65_HS1-834228961_62-HQ-83894_Section_6
Agency: FBI
Page 139
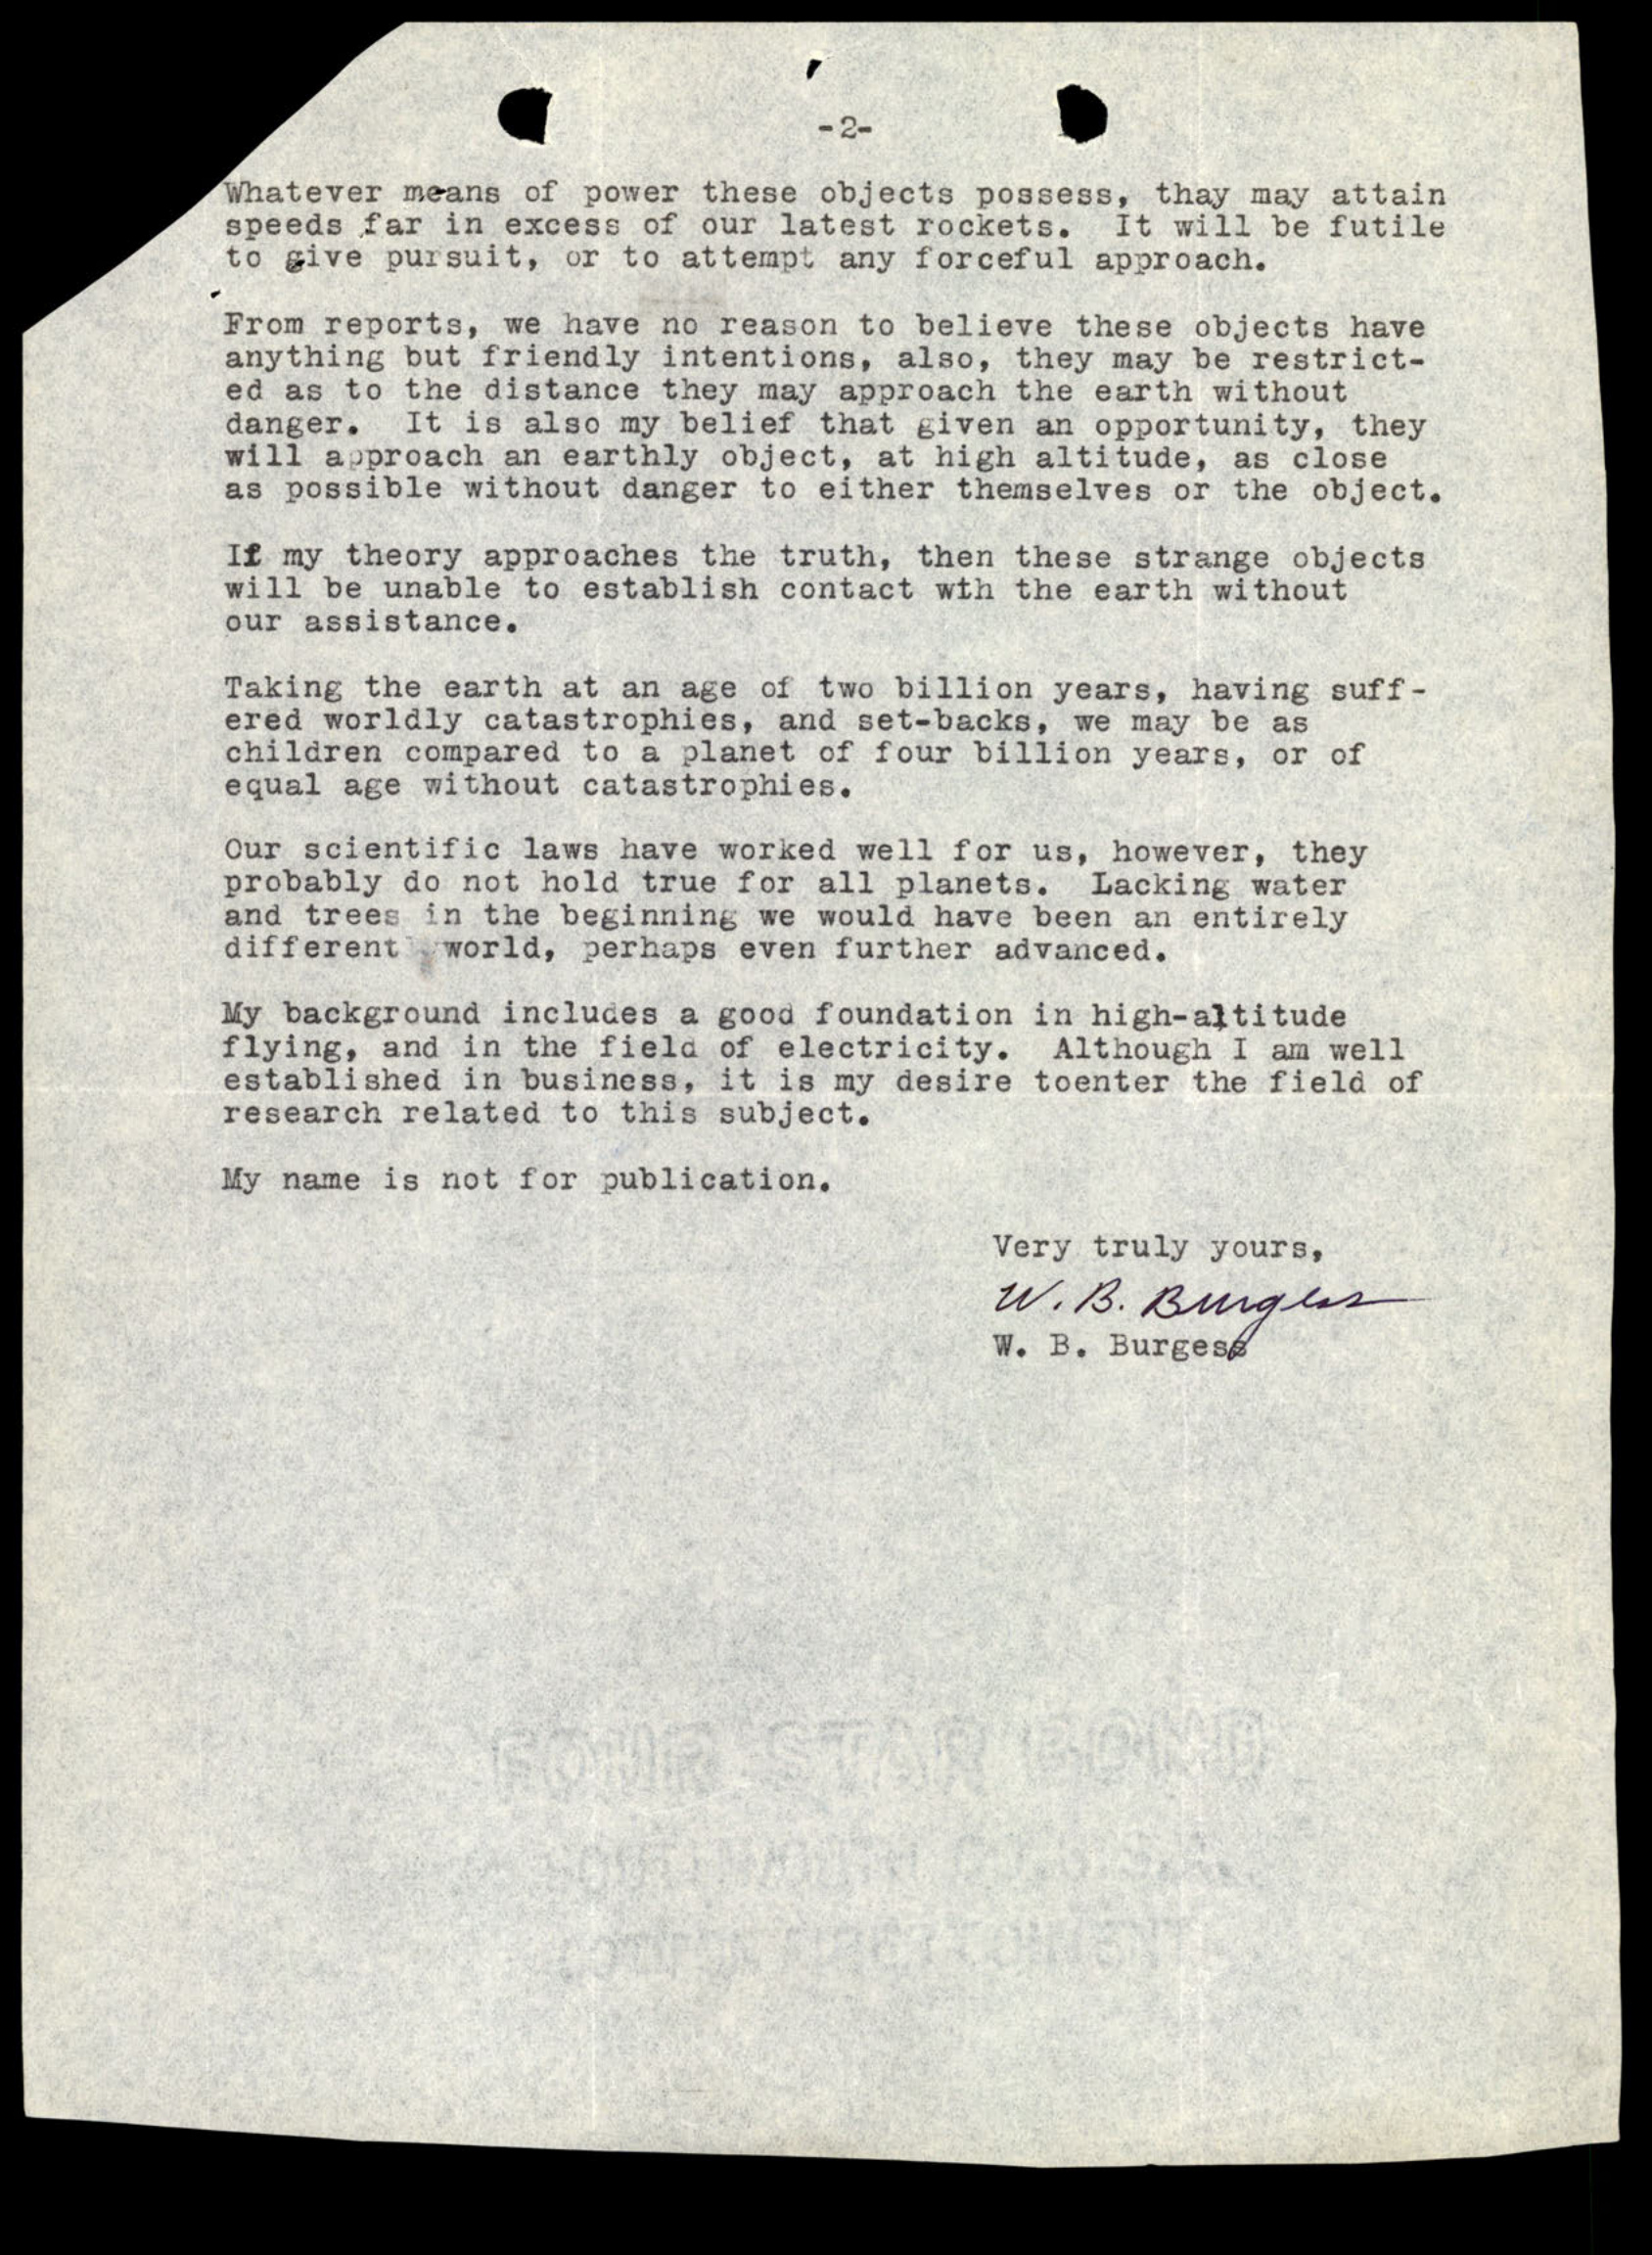